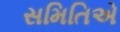
સમિતિએ